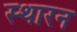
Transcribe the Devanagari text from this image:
स्थारन